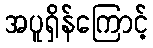
အပူရှိန်ကြောင့်